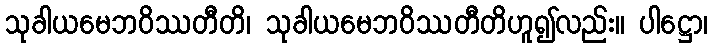
သုခါယမေဘဝိဿတီတိ၊ သုခါယမေဘဝိဿတီတိဟူ၍လည်း။ ပါဋ္ဌော၊